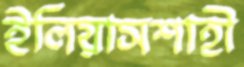
ইলিয়াসশাহী